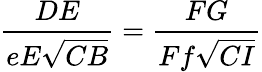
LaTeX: {\frac{DE}{eE{\sqrt{CB}}}}={\frac{FG}{Ff{\sqrt{CI}}}}